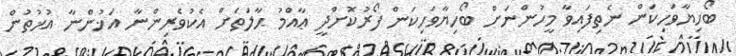
ބޯހިޔާވަހިކަން ނެތިފައިވާ މީހުންނަށް ބޯހިޔާވަހިކަން ފޯރުކޮށްދީ ޢާއްމު ޙާލަތަށް އެކުވެރިންނާ އަޚުންނާ އުޚުތުން